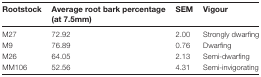
<table><thead><tr><td><b>Rootstock</b></td><td><b>Average root bark percentage (at 7.5mm)</b></td><td><b>SEM</b></td><td><b>Vigour</b></td></tr></thead><tbody><tr><td>M27</td><td>72.92</td><td>2.00</td><td>Strongly dwarfing</td></tr><tr><td>M9</td><td>76.89</td><td>0.76</td><td>Dwarfing</td></tr><tr><td>M26</td><td>64.05</td><td>2.13</td><td>Semi-dwarfing</td></tr><tr><td>MM106</td><td>52.56</td><td>4.31</td><td>Semi-invigorating</td></tr></tbody></table>